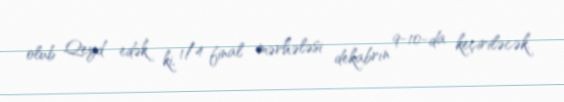
olub Qeyd edək ki, 1/4 final mərhələsi dekabrın 9-10-da keçiriləcək.